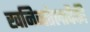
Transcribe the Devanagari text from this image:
खनिजतेलापैकी